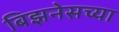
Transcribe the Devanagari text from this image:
बिझनेसच्या